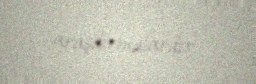
araşdırmalardır.